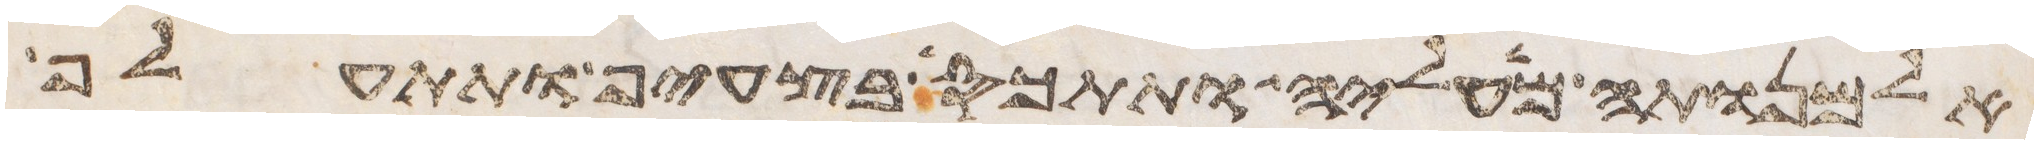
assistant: אלמנותה מעליה ותתכס בצעיף ותתעלף